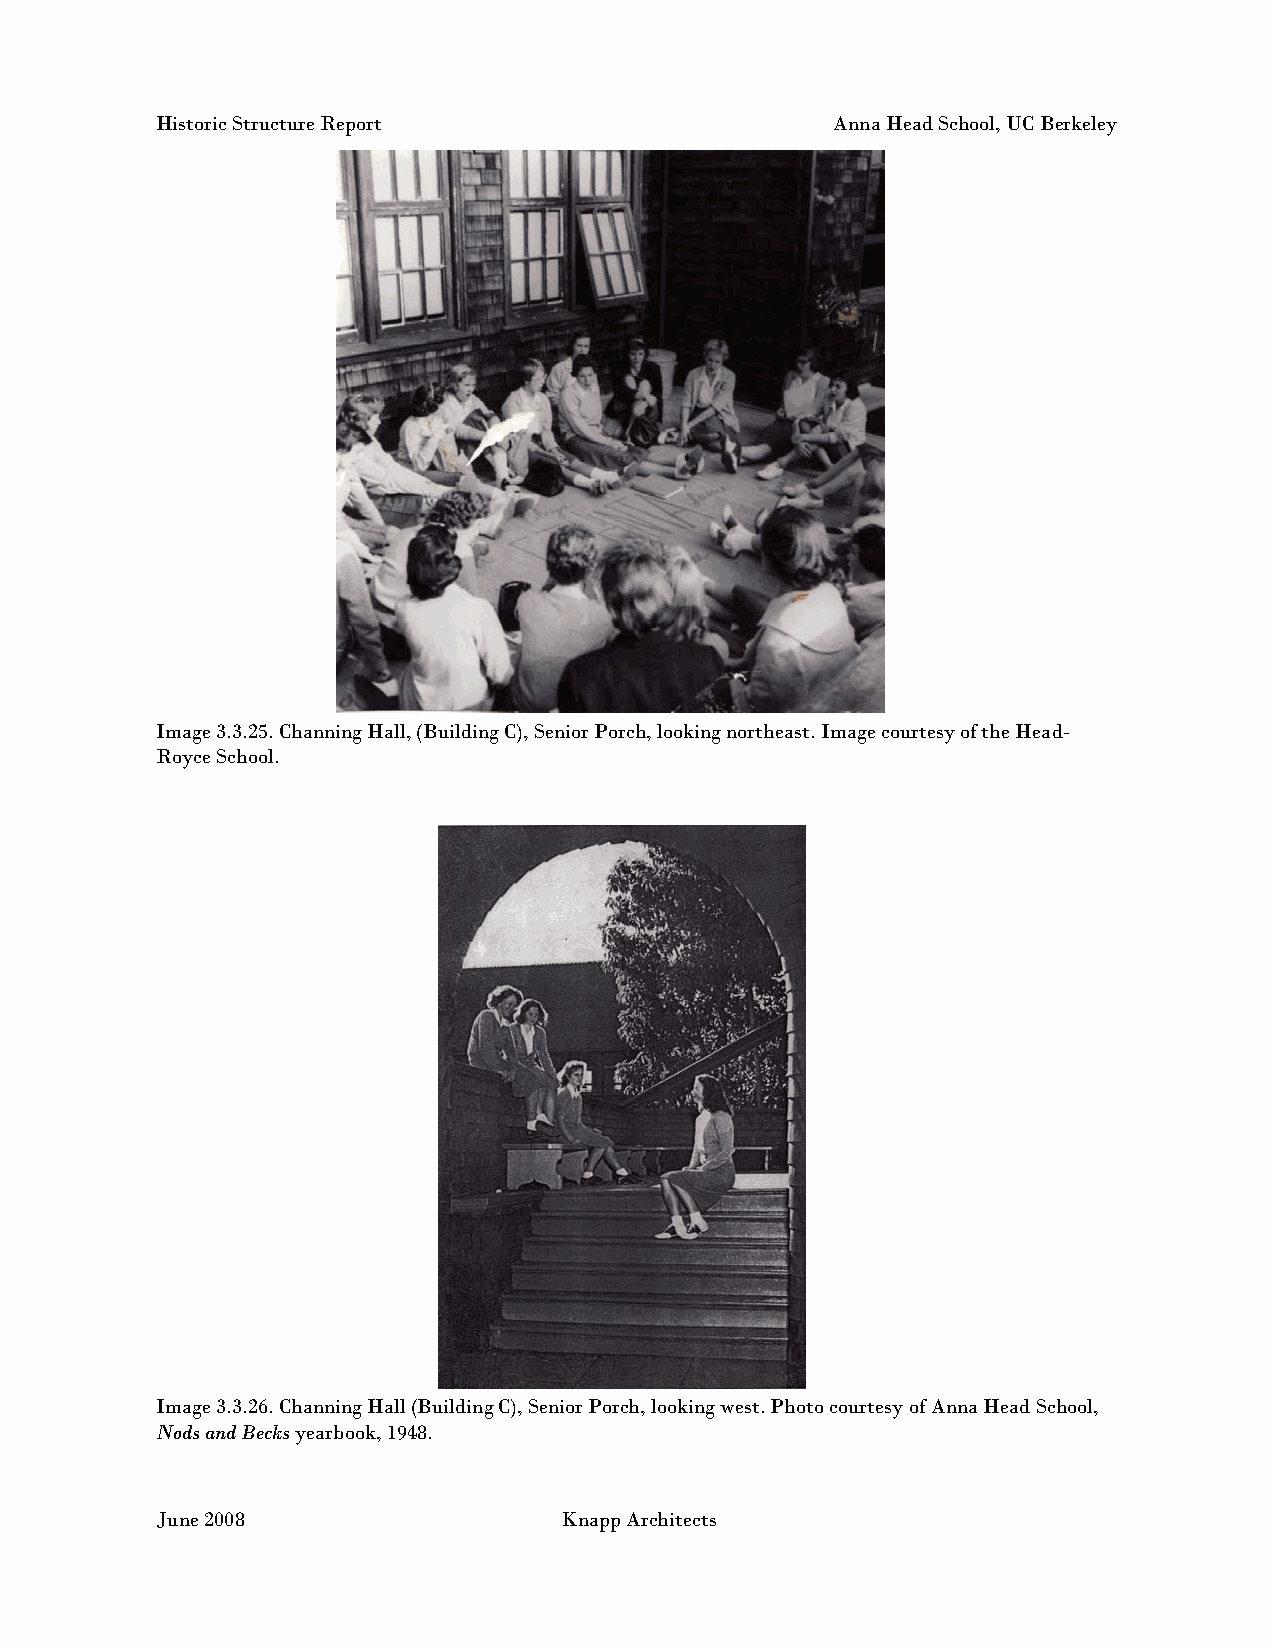
Historic Structure Report                    Anna Head School, UC Berkeley
 Image 3.3.25. Channing Hall, (Building C), Senior Porch, looking northeast. Image courtesy of the Head-
 Royce School.
 Image 3.3.26. Channing Hall (Building C), Senior Porch, looking west. Photo courtesy of Anna Head School,
 Nods and Becks yearbook, 1948.
 June 2008                  Knapp Architects